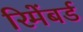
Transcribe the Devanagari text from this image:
रिमेंबर्ड